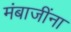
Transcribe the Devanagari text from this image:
मंबाजींना